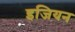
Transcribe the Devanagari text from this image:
इजियन